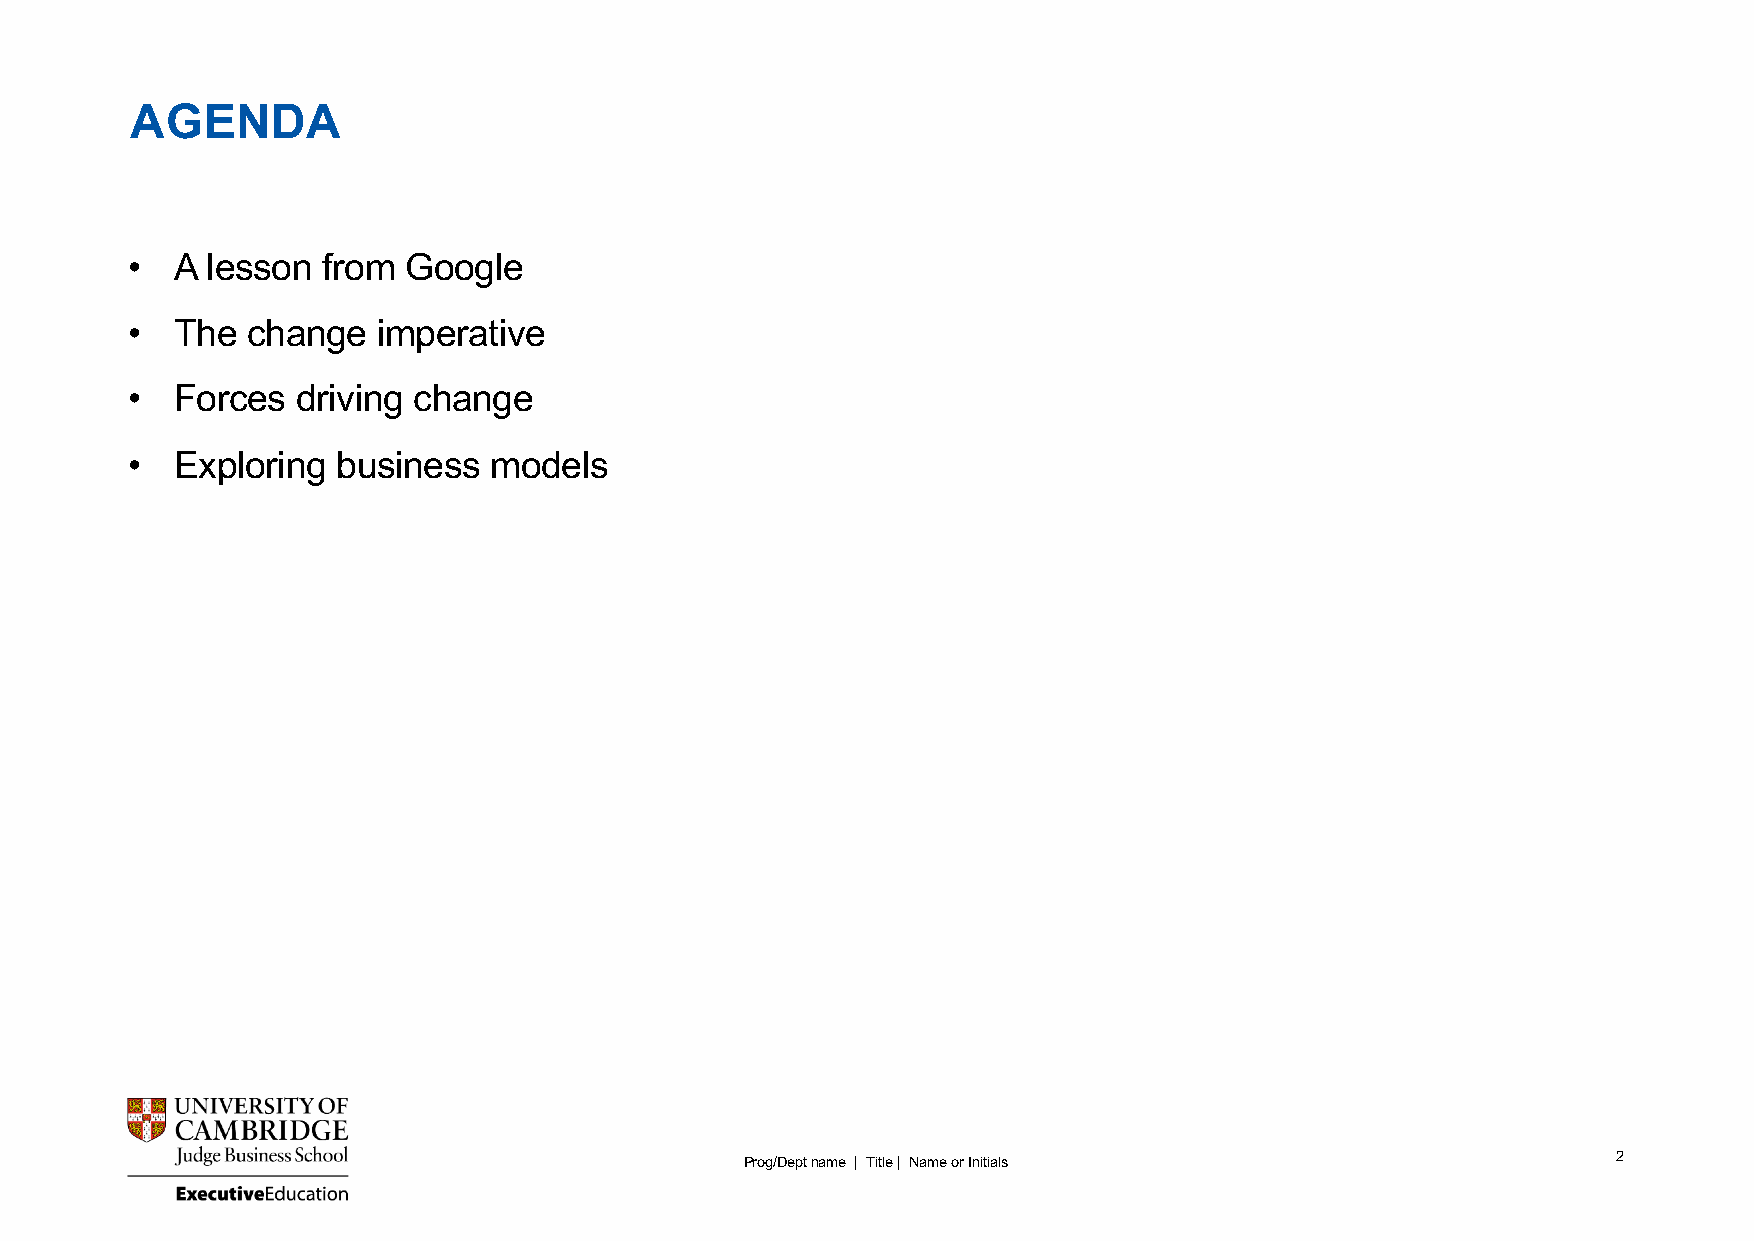
AGENDA
 •   A lesson from  Google
 •   The change   imperative
 •   Forces  driving change
 •   Exploring business  models
 2
 Prog/Dept name | Title | Name or Initials